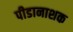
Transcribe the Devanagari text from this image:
पीडानाशक